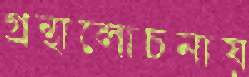
গ্রন্থালোচনায়